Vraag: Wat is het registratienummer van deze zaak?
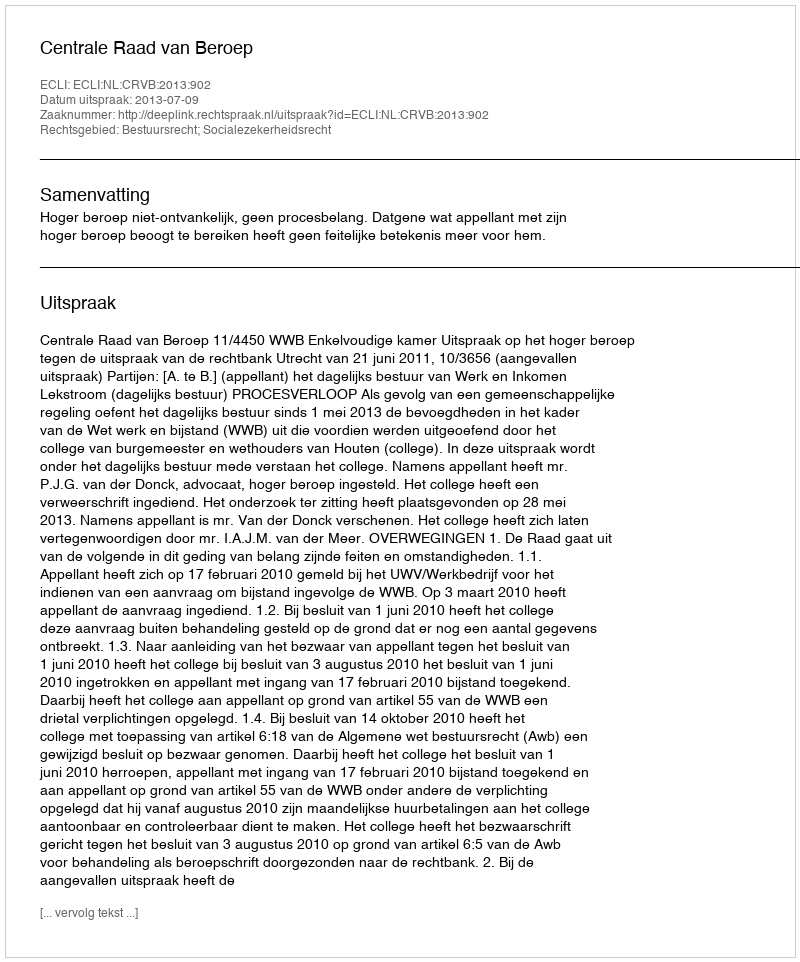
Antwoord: http://deeplink.rechtspraak.nl/uitspraak?id=ECLI:NL:CRVB:2013:902